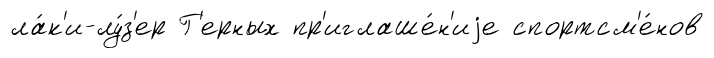
ла́к'и-лу́з'ер Г'ерных пр'иглаше́н'иjе спортсм'е́нов